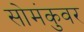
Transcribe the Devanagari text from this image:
सोमंकुवर